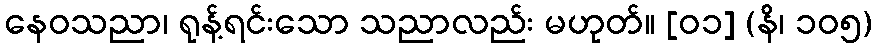
နေဝသညာ၊ ရုန့်ရင်းသော သညာလည်း မဟုတ်။ [၀၁] (နိ၊ ၁၀၅)